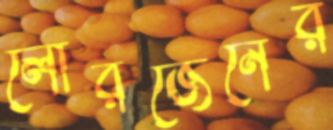
লোরজেনের